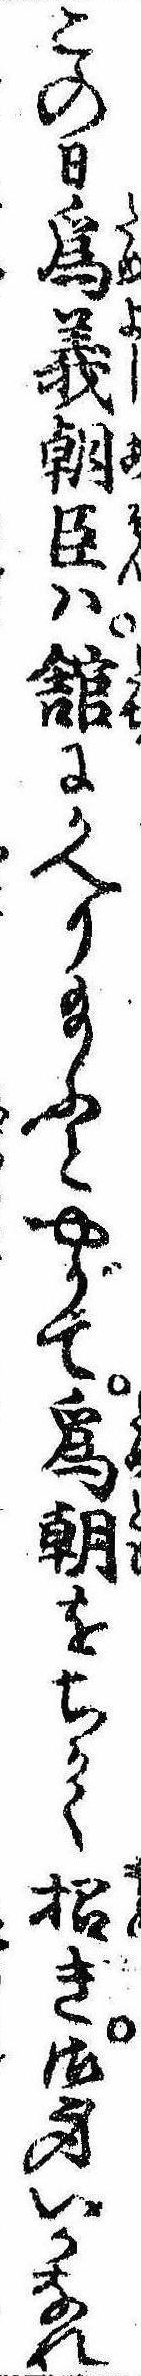
この日為義朝臣は館にかへり給ふとやがて為朝をちかく招き御身いかなれ